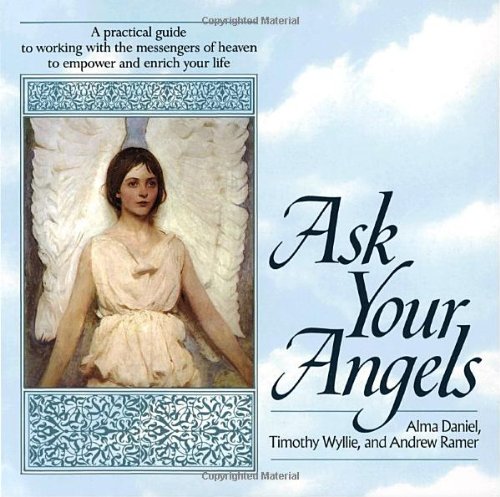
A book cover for Ask Your Angels; Alma Daniel; Religion & Spirituality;